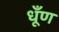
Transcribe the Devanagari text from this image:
धूँण